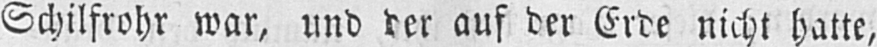
Schilfrohr war, und der auf der Erde nicht hatte,